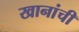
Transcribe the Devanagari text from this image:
खानांची